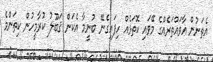
އެތަނުން އާވައްތަރެއްގެ މޭވައި ކޮތަޅެއް ހިފައިގެނޭ ބުނީމާ އެކަން ޤަބޫލު ކުރާމީހުން ކިތަންމެ